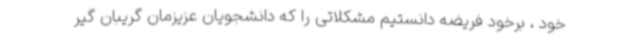
خود ، برخود فریضه دانستیم مشکلاتی را که دانشجویان عزیزمان گریبان گیر